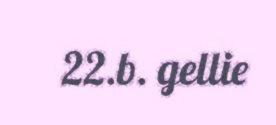
22.b. gellie